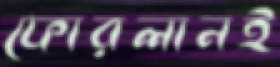
ফোরলানই